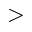
>